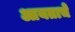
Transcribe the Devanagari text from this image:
आयताचे